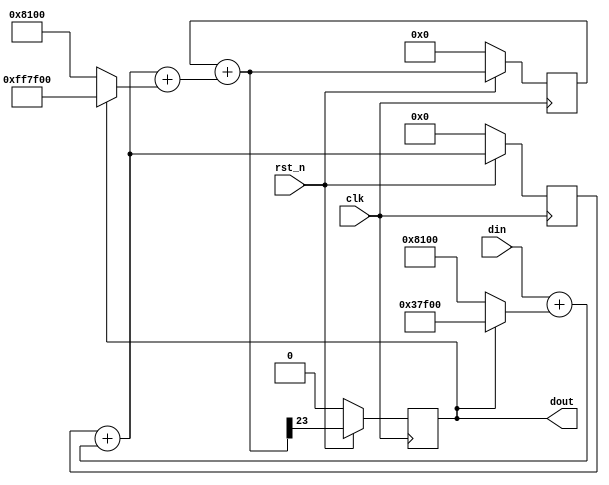
// =====================================================================
//  ____         _                 ____                      
// | __ )  _ __ (_)  __ _  _ __   / ___|  _   _  _ __    ___ 
// |  _ \ | '__|| | / _` || '_ \  \___ \ | | | || '_ \  / _ \
// | |_) || |   | || (_| || | | |  ___) || |_| || | | ||  __/
// |____/ |_|   |_| \__,_||_| |_| |____/  \__,_||_| |_| \___|
// 
// =====================================================================


`timescale 1ns / 1ps


module dsa_two #(
	parameter dac_bw = 16,
	parameter osr = 6
)(

	input wire clk,
	input wire rst_n,
	input wire [15:0] din,
	output wire dout
);
	
	localparam mid_val = 2**(dac_bw - 1) + 2**(osr + 2);
	
	localparam bw_ext = 2;
	localparam bw_tot = dac_bw + bw_ext;
	
	reg						dout_r;
	reg						dac_dout;
	
	reg signed		[bw_tot-1 : 0]	DAC_acc_1st;
	
	wire signed		[bw_tot-1 : 0]	max_val = mid_val;
	wire signed		[bw_tot-1 : 0]	min_val = -mid_val;
	wire signed		[bw_tot-1 : 0]	dac_val = (!dout_r) ? max_val : min_val;
	
	wire signed		[bw_tot-1 : 0]	in_ext = {{bw_ext{din[dac_bw - 1]}}, din};
	wire signed		[bw_tot-1 : 0]	delta_s0_c0 = in_ext + dac_val;
	wire signed		[bw_tot-1 : 0]	delta_s0_c1 = DAC_acc_1st + delta_s0_c0;

	always@(posedge clk)begin
		if(!rst_n)begin
			DAC_acc_1st <= 'd0;
		end else begin
			DAC_acc_1st <= delta_s0_c1;
		end
	end
	
	localparam bw_tot2 = bw_tot + osr;
	
	reg signed		[bw_tot2-1 : 0]	DAC_acc_2nd;
	
	wire signed		[bw_tot2-1 : 0]	max_val2 = mid_val;
	wire signed		[bw_tot2-1 : 0]	min_val2 = -mid_val;
	wire signed		[bw_tot2-1 : 0]	dac_val2 = (!dout_r) ? max_val2 : min_val2;
	
	wire signed		[bw_tot2-1 : 0]	in_ext2 = {{osr{delta_s0_c1[bw_tot - 1]}}, delta_s0_c1};
	wire signed		[bw_tot2-1 : 0]	delta_s1_c0 = in_ext2 + dac_val2;
	wire signed		[bw_tot2-1 : 0]	delta_s1_c1 = DAC_acc_2nd + delta_s1_c0;
	
	always@(posedge clk)begin
		if(!rst_n)begin
			DAC_acc_2nd <= 'd0;
		end else begin
			DAC_acc_2nd <= delta_s1_c1;
		end
	end
	
	always@(posedge clk)begin
		if(!rst_n)begin
			dout_r		<= 1'b0;
			dac_dout	<= 1'b0;
		end else begin
			dout_r		<= delta_s1_c1[bw_tot2-1];
			dac_dout	<= ~dout_r;
		end
	end
	
	assign dout = dout_r;
	
endmodule